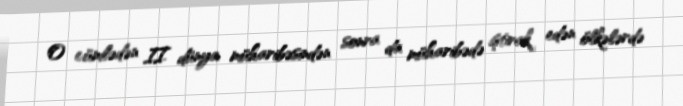
O cümlədən II dünya müharibəsindən sonra da müharibədə iştirak edən ölkələrdə